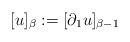
LaTeX: \begin{align*}[u]_{\beta} := [\partial_1 u ]_{\beta -1}\end{align*}